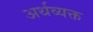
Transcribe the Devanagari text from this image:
अर्थव्यक्त